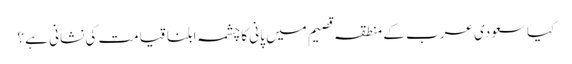
کیاسعودی عرب کے منطقہ قصیم میں پانی کا چشمہ ابلنا قیامت کی نشانی ہے ؟